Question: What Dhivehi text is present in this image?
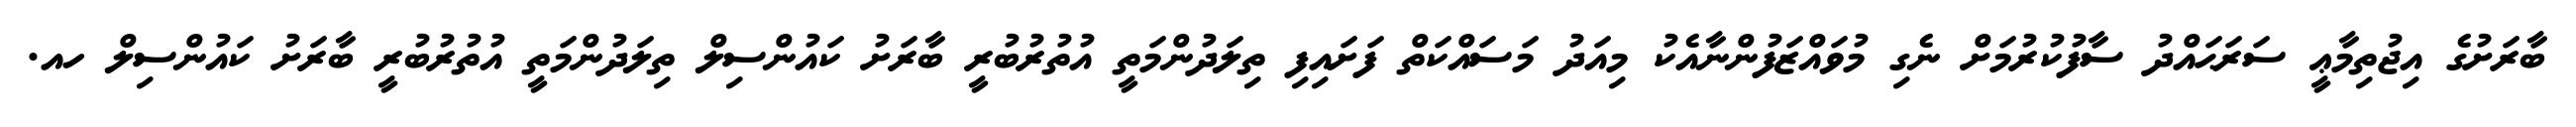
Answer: ބާރަށުގެ އިޖުތިމާޢީ ސަރަޙައްދު ސާފުކުރުމަށް ނެގި މުވައްޒަފުންނާއެކު މިއަދު މަސައްކަތް ފަށައިފި ތިލަދުންމަތީ އުތުރުބުރީ ބާރަށު ކައުންސިލް ތިލަދުންމަތީ އުތުރުބުރީ ބާރަށު ކައުންސިލް ހއ.